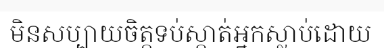
មិនសប្បាយចិត្តទប់ស្កាត់អ្នកស្លាប់ដោយ